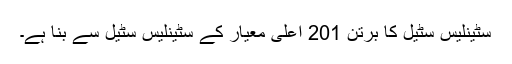
سٹینلیس سٹیل کا برتن 201 اعلی معیار کے سٹینلیس سٹیل سے بنا ہے۔